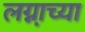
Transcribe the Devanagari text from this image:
लग्ना़च्या